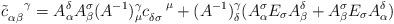
LaTeX: \begin{align*}{\tilde c}_{\alpha\beta}^{\enspace \enspace \gamma}=A_{\alpha}^{\delta}A_{\beta}^{\sigma}(A^{-1})^{\gamma}_{\mu}c_{\delta \sigma}^{\enspace \enspace \mu} +(A^{-1})^{\gamma}_{\delta}(A_{\alpha}^{\sigma}E_{\sigma}A_{\beta}^{\delta}+ A^{\sigma}_{\beta}E_{\sigma}A_{\alpha}^{\delta})\end{align*}